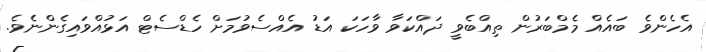
އެހެންވެ ބައެއް މެމްބަރުން ތިއްބެވީ ދައްކަވާ ވާހަކަ އަޑު އެއްސެވުމަށް ހެޑްސެޓް އަޅުއްވައިގެންނެވެ.